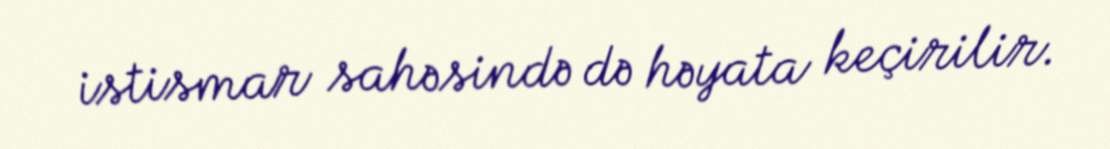
istismar sahəsində də həyata keçirilir.